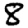
Digit: 8